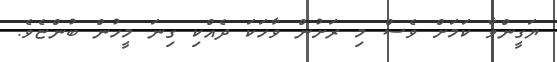
ޔަގީންވާ ކަމަށް ވެސް މި ރަށުން ވާހަކަ ދެއްކި ގިނަ މީހުން ބުންޏެވެ.